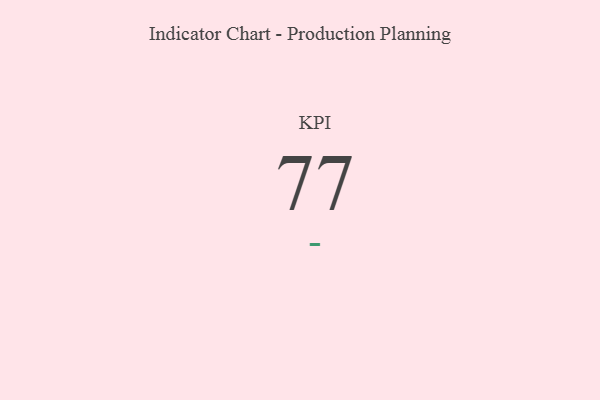
{"axis": {"x": "KPI", "y": "Value"}, "legend": [""], "data": [{"x": "KPI", "y": 77, "type": ""}]}